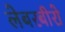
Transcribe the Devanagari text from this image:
लेबरबीरो